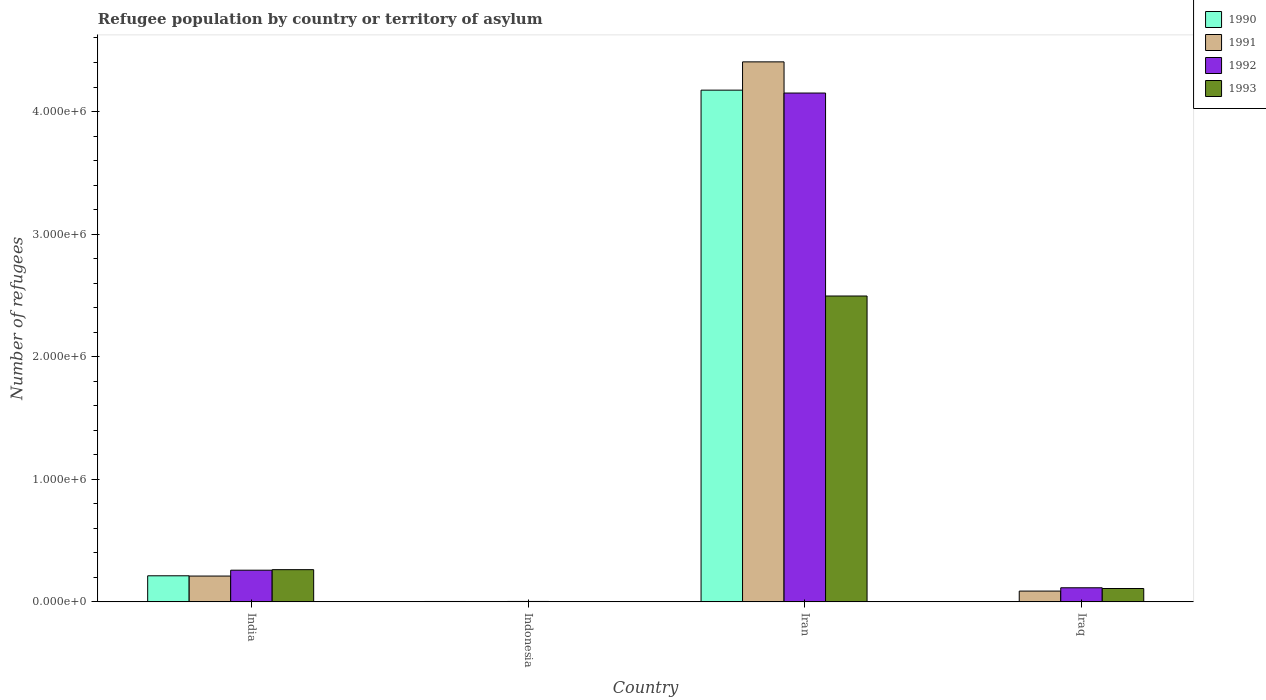
| Country | 1990 | 1991 | 1992 | 1993 |
 | --- | --- | --- | --- | --- |
 | India | 2.13e+05 | 2.11e+05 | 2.58e+05 | 2.63e+05 |
 | Indonesia | 3.28e+03 | 3.16e+03 | 3.53e+03 | 2.4e+03 |
 | Iran | 4.17e+06 | 4.4e+06 | 4.15e+06 | 2.5e+06 |
 | Iraq | 900 | 8.8e+04 | 1.15e+05 | 1.09e+05 |